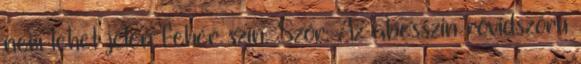
nem lehet jelen fehér szín. Szőr: Az abesszin rövidszőrű